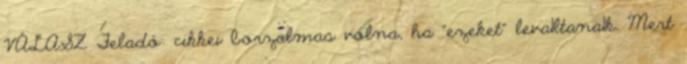
VÁLASZ Feladó: cikkei borzalmas volna, ha "ezeket" leva1ltana1k. Mert